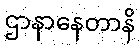
ဌာနာနေတာနိ